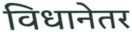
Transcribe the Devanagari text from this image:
विधानेतर